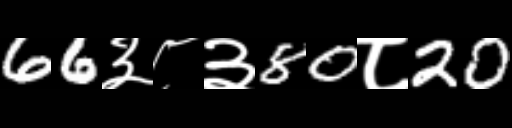
Text: 66३८३80८20